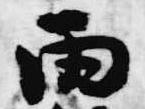
雨